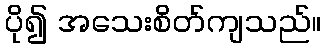
ပို၍ အသေးစိတ်ကျသည်။